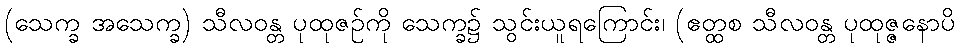
(သေက္ခ အသေက္ခ) သီလဝန္တ ပုထုဇဉ်ကို သေက္ခ၌ သွင်းယူရကြောင်း၊ (ဧတ္ထစ သီလဝန္တ ပုထုဇ္ဇနောပိ